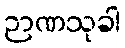
ဉာဏသုခါ